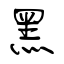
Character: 黑